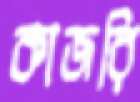
কাজরি